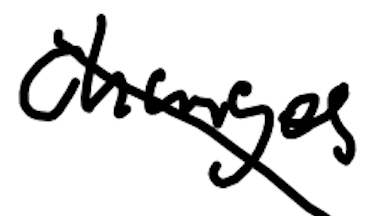
Text: changes
Cross-out: diagonal
Writing tool: digital_black